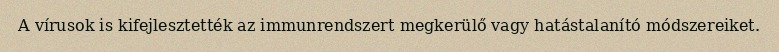
A vírusok is kifejlesztették az immunrendszert megkerülő vagy hatástalanító módszereiket.